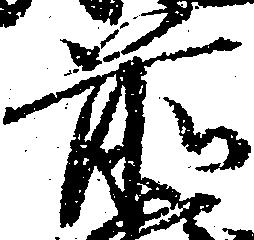
前